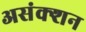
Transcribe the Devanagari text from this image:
असंक्शन